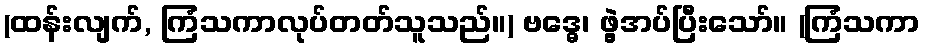
(ထန်းလျက်, ကြံသကာလုပ်တတ်သူသည်။) ဗဒ္ဓေ၊ ဖွဲ့အပ်ပြီးသော်။ (ကြံသကာ